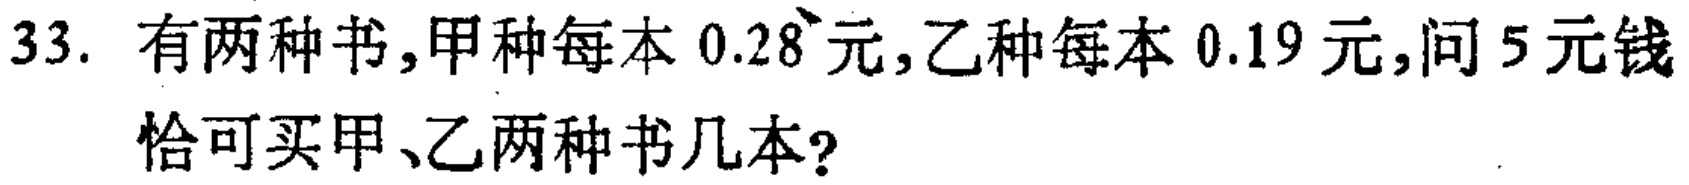
33. 有两种书,甲种每本 \(0.28\) 元,乙种每本 \(0.19\) 元,问 \(5\) 元钱恰可买甲、乙两种书几本?